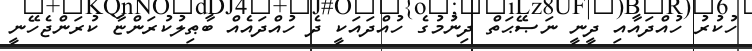
ހުކުރު ހުއްދައާއި ދީނީ ނަޞޭޙަތް ދިނުމުގެ ހުއްދައަކީ ދެ ހުއްދައެއް ބާޠިލުކުރަންޏާ ކުރަންޖެހޭނީ